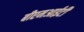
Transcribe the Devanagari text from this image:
बीएमआईटी